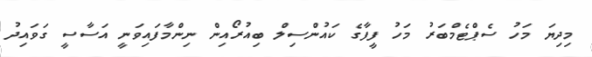
މިދިޔަ މަހު ސެޕްޓެމްބަރު މަހު ފީފާގެ ކައުންސިލް ބިއުރޯއިން ނިންމާފައިވަނީ އަސާސީ ގަވައިދު